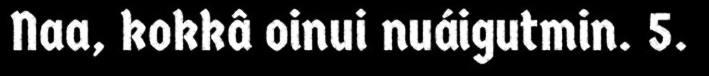
Naa, kokkâ oinui nuáigutmin. 5.